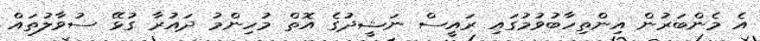
އެ މެންބަރުން އިންތިހާބުވުމުގައި ރައީސް ނަޝީދުގެ އޮތް މުހިންމު ދައުރާ ގުޅޭ ސުވާލުތައް